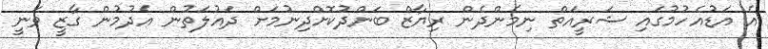
އެ އަޑުއެހުމުގައި ޝަރީއަތް ނިމެންދެން ރިޔާޒް ބަންދުކޮށްދިނުމަށް ދައުލަތުން އެދުމުން ގާޒީ ވަނީ